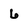
Character: 6